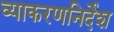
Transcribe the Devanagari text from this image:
व्याकरणनिर्देश